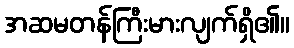
အဆမတန်ကြီးမားလျက်ရှိ၏။